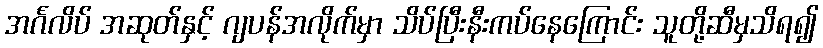
အင်္ဂလိပ် အဆုတ်နှင့် ဂျပန်အလိုက်မှာ သိပ်ပြီးနီးကပ်နေကြောင်း သူတို့ဆီမှသိရ၍